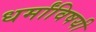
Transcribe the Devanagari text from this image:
धर्मांविषयी